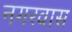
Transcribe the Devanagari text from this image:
नगरवास